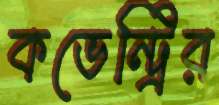
কভেন্ট্রির